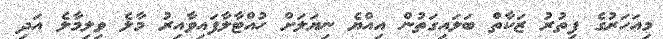
މިއަހަރުގެ ފިތުރު ޒަކާތް ބަލައިގަތުން އިއްޔެ ނިޔަލަށް ހުއްޓާލާފައިވާއިރު މާލެ ވިލިމާލެ އަދި